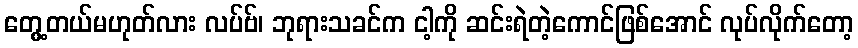
တွေ့တယ်မဟုတ်လား လပ်ဗ်၊ ဘုရားသခင်က ငါ့ကို ဆင်းရဲတဲ့ကောင်ဖြစ်အောင် လုပ်လိုက်တော့